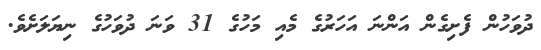
ދުވަހުން ފެށިގެން އަންނަ އަހަރުގެ މެއި މަހުގެ 31 ވަނަ ދުވަހުގެ ނިޔަލަށެވެ.